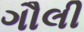
ગૌલી